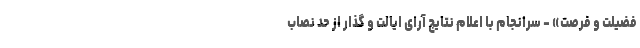
فضیلت و فرصت» - سرانجام با اعلام نتایج آرای ایالت و گذار از حد نصاب